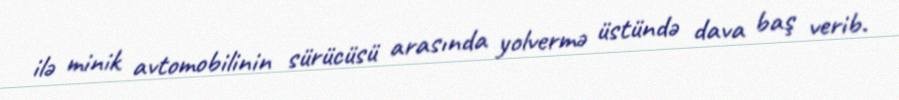
ilə minik avtomobilinin sürücüsü arasında yolvermə üstündə dava baş verib.